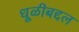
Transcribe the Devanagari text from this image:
धूळीबद्दल